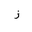
Letter: _zay